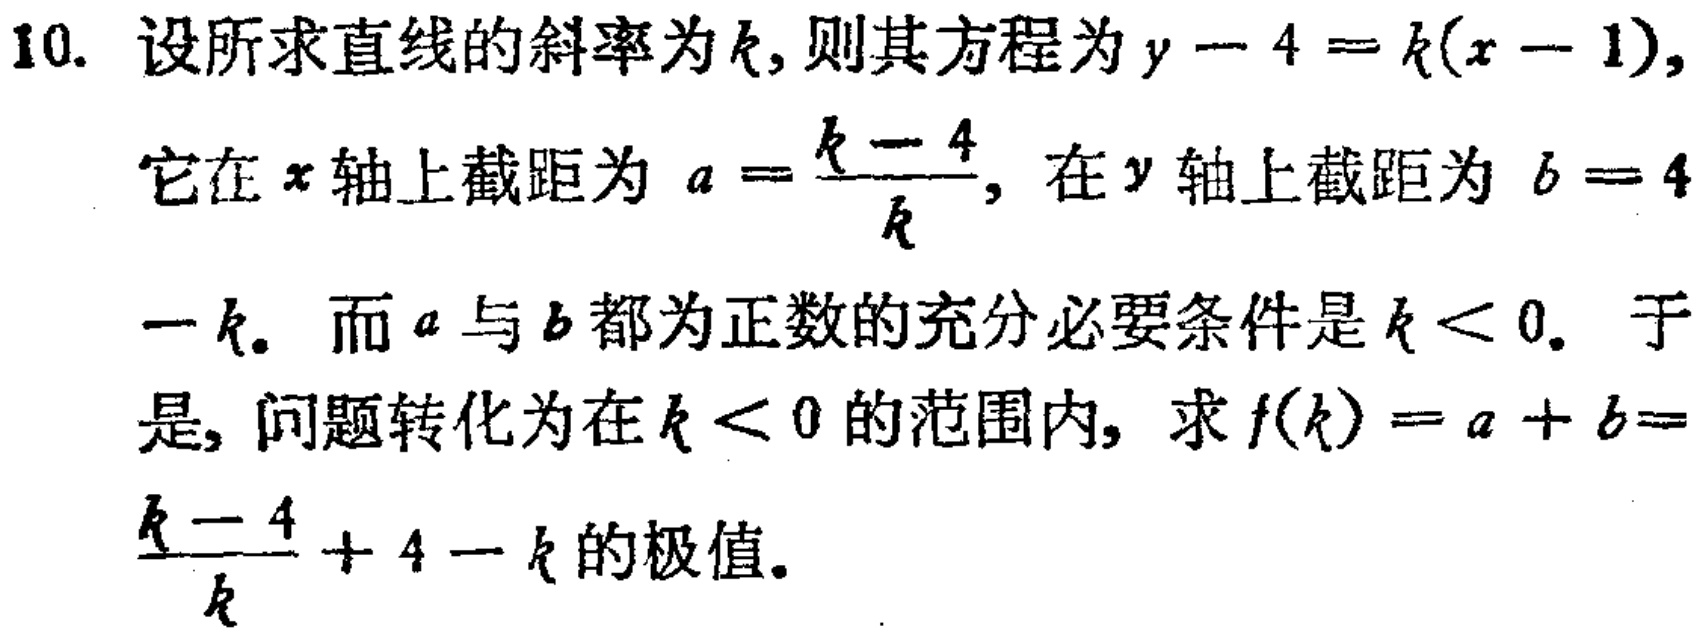
10. 设所求直线的斜率为\(k\)，则其方程为\(y - 4 = k(x - 1)\)，
它在\(x\)轴上截距为\(a = \frac{k - 4}{k}\)，在\(y\)轴上截距为\(b = 4 - k\)。而\(a\)与\(b\)都为正数的充分必要条件是\(k < 0\)。于是，问题转化为在\(k < 0\)的范围内，求\(f(k)=a + b = \frac{k - 4}{k}+ 4 - k\)的极值。